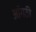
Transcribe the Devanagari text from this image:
आंगठी